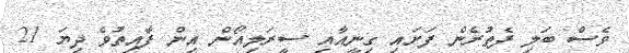
ވެސް ބަލި ފެތުރެން ފަށައި ގިނީއާއި ސީރަލިއޯން އިން ފާއިތުވެ ދިޔަ 21